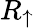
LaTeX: R_{\uparrow}